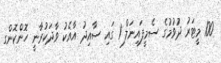
100 މީޓަރު ދުވުމުގެ ސެމީފައިނަލް 1 ގައި ސާއިދު އާއެކު ވާދަކުރާނީ ހޮންކޮންގ